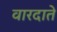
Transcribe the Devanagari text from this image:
वारदाते